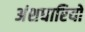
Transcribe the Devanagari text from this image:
अंशधारियो